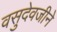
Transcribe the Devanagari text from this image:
वसुदेवजीने